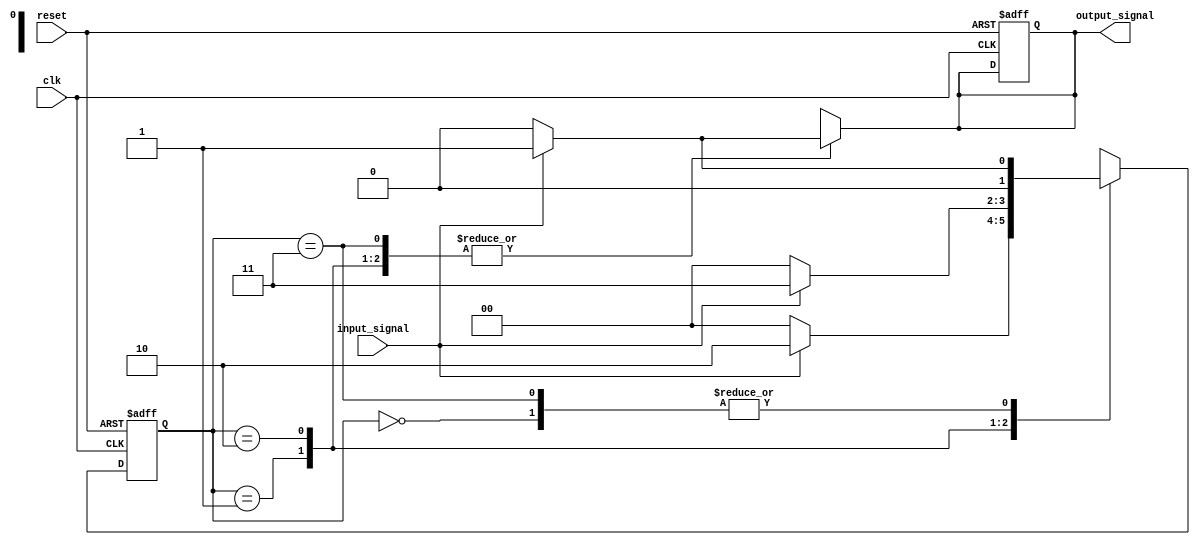
module N_bit_Mealy_FSM #(
    parameter N = 2 // Number of bits for state representation
)(
    input wire clk,          // Clock signal
    input wire reset,        // Reset signal
    input wire input_signal, // Input signal for state transitions
    output reg output_signal  // Output signal
);

// State encoding
localparam STATE_0 = 2'b00;
localparam STATE_1 = 2'b01;
localparam STATE_2 = 2'b10;
localparam STATE_3 = 2'b11;

// State register
reg [N-1:0] current_state, next_state;

// Next state logic
always @(*) begin
    case (current_state)
        STATE_0: begin
            if (input_signal) begin
                next_state = STATE_1;
                output_signal = 1'b1; // Output for transition
            end else begin
                next_state = STATE_0;
                output_signal = 1'b0; // Output remains low
            end
        end
        STATE_1: begin
            if (input_signal) begin
                next_state = STATE_2;
                output_signal = 1'b1; // Output for transition
            end else begin
                next_state = STATE_0;
                output_signal = 1'b0; // Output remains low
            end
        end
        STATE_2: begin
            if (input_signal) begin
                next_state = STATE_3;
                output_signal = 1'b1; // Output for transition
            end else begin
                next_state = STATE_0;
                output_signal = 1'b0; // Output remains low
            end
        end
        STATE_3: begin
            if (input_signal) begin
                next_state = STATE_1;
                output_signal = 1'b1; // Output for transition
            end else begin
                next_state = STATE_0;
                output_signal = 1'b0; // Output remains low
            end
        end
        default: begin
            next_state = STATE_0;
            output_signal = 1'b0; // Default output
        end
    endcase
end

// State update logic
always @(posedge clk or posedge reset) begin
    if (reset) begin
        current_state <= STATE_0; // Initialize to starting state
        output_signal <= 1'b0;     // Initialize output
    end else begin
        current_state <= next_state; // Update state on clock edge
    end
end

endmodule